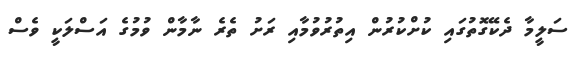
ސަލީމާ ދެކޭގޮތުގައި ކުށްކުރުން އިތުރުވުމާއި ރަށު ތެރެ ނާމާން ވުމުގެ އަސްލަކީ ވެސް